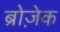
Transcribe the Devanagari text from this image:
ब्रोज़ेक